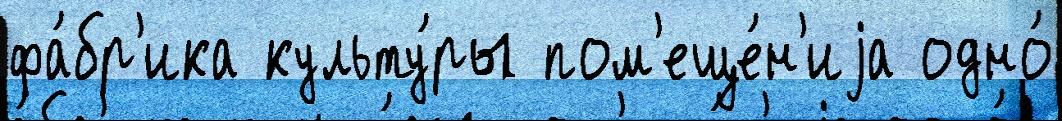
фа́бр'ика культу́ры пом'еще́н'иjа одно́